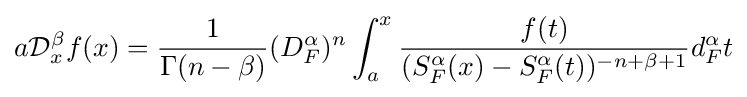
{a}{\mathcal {D}}_{x}^{\beta }f(x)={\frac {1}{\Gamma (n-\beta )}}(D_{F}^{\alpha })^{n}\int _{a}^{x}{\frac {f(t)}{(S_{F}^{\alpha }(x)-S_{F}^{\alpha }(t))^{-n+\beta +1}}}d_{F}^{\alpha }t